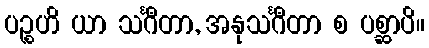
ပဉ္စဟိ ယာ သင်္ဂီတာ, အနုသင်္ဂီတာ စ ပစ္ဆာပိ။